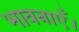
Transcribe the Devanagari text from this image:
भावनाएँ।